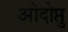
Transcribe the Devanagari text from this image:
ओदोप्तु